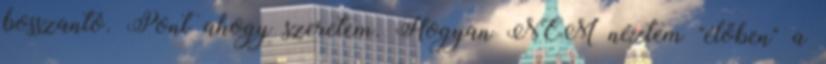
bosszantó. Pont ahogy szeretem. Hogyan NEM néztem "élőben" a